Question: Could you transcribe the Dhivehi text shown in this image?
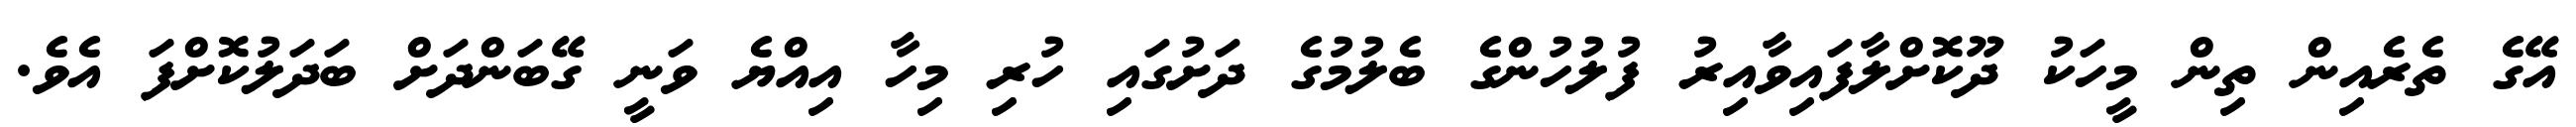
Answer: އޭގެ ތެރެއިން ތިން މީހަކު ދޫކޮށްލާފައިވާއިރު ފުލުހުންގެ ބެލުމުގެ ދަށުގައި ހުރި މިހާ އިއްޔެ ވަނީ ގޭބަންދަށް ބަދަލުކޮށްފަ އެވެ.